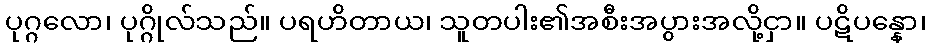
ပုဂ္ဂလော၊ ပုဂ္ဂိုလ်သည်။ ပရဟိတာယ၊ သူတပါး၏အစီးအပွားအလို့ငှာ။ ပဋိပန္နော၊